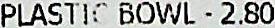
PLASTIC BOWL - 2.80